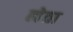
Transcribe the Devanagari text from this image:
ह्मेता